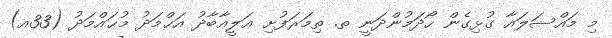
މި މައްސަލައާ ގުޅިގެން ހޯދަމުންދަނީ ތ. ތިމަރަފުށި ޢަލީއާބާދު އަޙްމަދު މުޙައްމަދު (33އ)